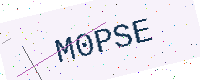
Text: M0PSE